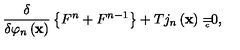
\frac \delta { \delta \varphi _ { n } \left( \mathbf { x } \right) } \left\{ F ^ { n } + F ^ { n - 1 } \right\} + T j _ { n } \left( \mathbf { x } \right) = { } _ { { } _ { \! \! \! \! \! \! \! c } } 0 ,